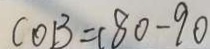
C O B = 1 8 0 - 9 0